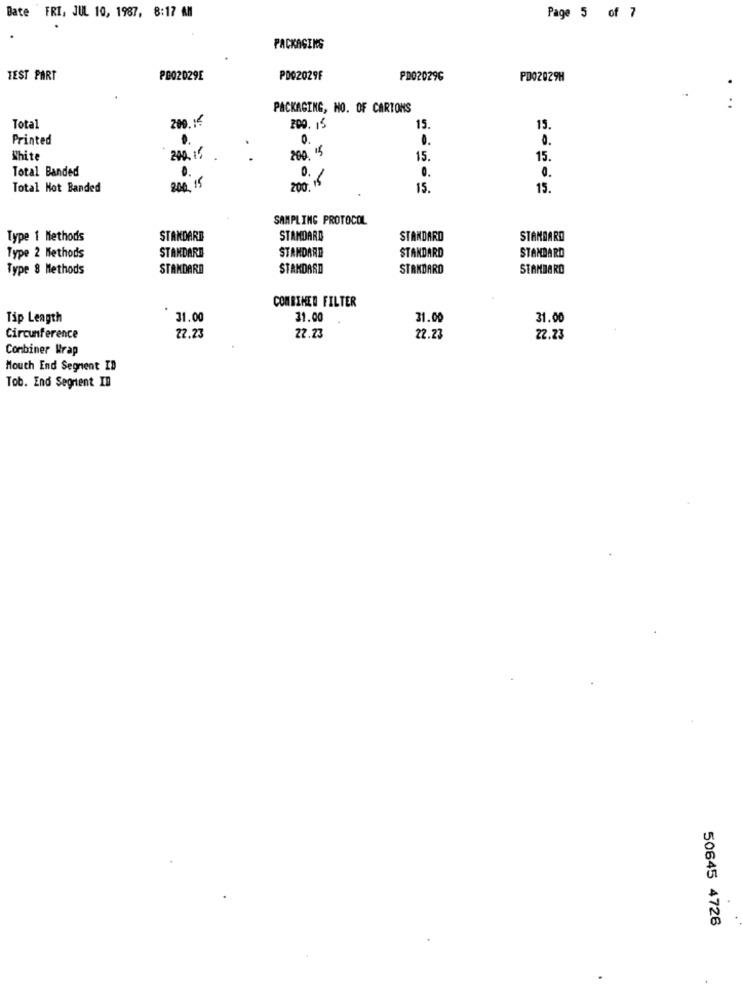
Bate FRI, JUL 10, 1987, 8:17 AM
Page 5 of 7
PACKAGING
TEST PART
P002029E
PD02029F
PD020296
PDQ2029H
PACKAGING, NO. OF CARTONS
200.
Total
200. 15
15.
15.
Printed
0.
0.
0.
White
200. 15
15.
15.
Total Banded
0.
0.
0.
Total Not Banded
200 15
200 16
15.
15.
SAMPLING PROTOCOL
Type 1 Methods
STANDARD
STANDARD
STANDARD
STANDARD
STANDARD
STANDARD
Type 2 Methods
STANDARD
STANDARD
Type 8 Methods
STANDARD
STANDARD
STANDARD
STAMBARO
COMBINED FILTER
Tip Length
31.00
31.00
31.00
31.00
Circunference
22.23
22.23
22.23
22.23
Combiner Wrap
Mouth End Segment ID
Tob. End Segment IB
50645 4726